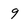
Character: 9